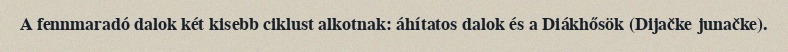
A fennmaradó dalok két kisebb ciklust alkotnak: áhítatos dalok és a Diákhősök (Dijačke junačke).